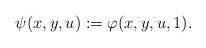
\begin{align*}\psi(x,y,u):=\varphi(x,y,u,1).\end{align*}